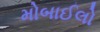
મોબાઈલો